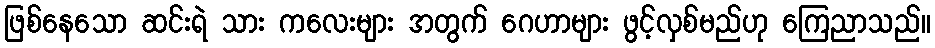
ဖြစ်နေသော ဆင်းရဲ သား ကလေးများ အတွက် ဂေဟာများ ဖွင့်လှစ်မည်ဟု ကြေညာသည်။